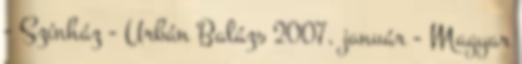
- Színház - Urbán Balázs 2007. január - Magyar